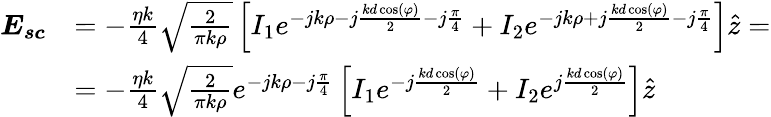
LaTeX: \begin{array}{rl}{\boldsymbol{E_{sc}}}&{=-\frac{\eta k}{4}\sqrt{\frac{2}{\pi k\rho}}\left[I_{1}e^{-jk\rho-j\frac{kd\cos(\varphi)}{2}-j\frac{\pi}{4}}+I_{2}e^{-jk\rho+j\frac{kd\cos(\varphi)}{2}-j\frac{\pi}{4}}\right]\hat{z}=}\\ &{=-\frac{\eta k}{4}\sqrt{\frac{2}{\pi k\rho}}e^{-jk\rho-j\frac{\pi}{4}}\left[I_{1}e^{-j\frac{kd\cos(\varphi)}{2}}+I_{2}e^{j\frac{kd\cos(\varphi)}{2}}\right]\hat{z}}\end{array}